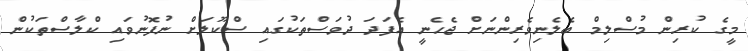
މީގެ ކުރިން މުސްލިމް ބެލެނިވެރިންނަށް ޖެހެނީ އެފަދަ ދުވަސްތަކުގައި ސްކޫލަށް ނުފޮނުވައި ކްލާސްތަކުން